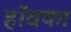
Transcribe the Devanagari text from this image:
हॉवका